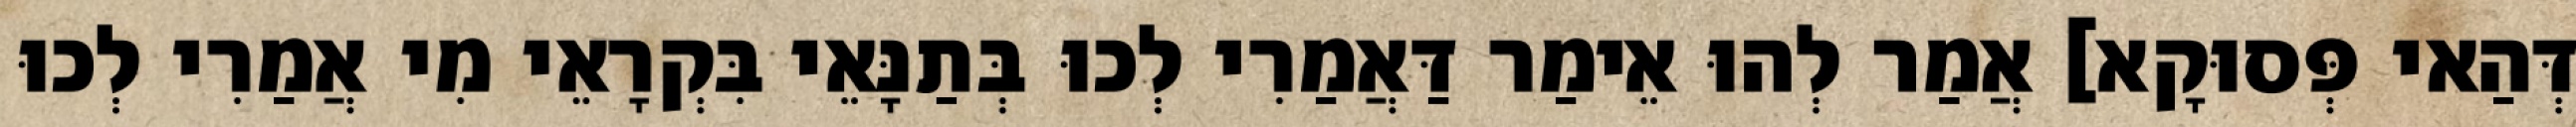
דְּהַאי פְּסוּקָא] אֲמַר לְהוּ אֵימַר דַּאֲמַרִי לְכוּ בְּתַנָּאֵי בִּקְרָאֵי מִי אֲמַרִי לְכוּ